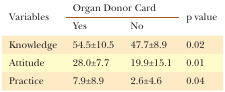
<table><thead><tr><td rowspan="2"><b>Variables</b></td><td colspan="2"><b>Organ Donor Card</b></td><td rowspan="2"><b>p value</b></td></tr><tr><td><b>Yes</b></td><td><b>No</b></td></tr></thead><tbody><tr><td>Knowledge</td><td>54.5±10.5</td><td>47.7±8.9</td><td>0.02</td></tr><tr><td>Attitude</td><td>28.0±7.7</td><td>19.9±15.1</td><td>0.01</td></tr><tr><td>Practice</td><td>7.9±8.9</td><td>2.6±4.6</td><td>0.04</td></tr></tbody></table>